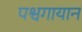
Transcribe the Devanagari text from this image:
पश्वगायान